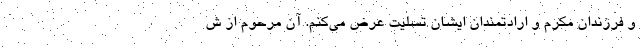
و فرزندان مکرم و ارادتمندان ایشان تسلیت عرض می‌کنم. آن مرحوم از ش